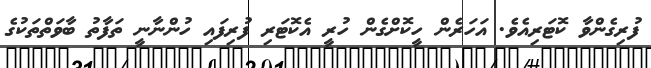
ފުރިގެންވާ ކޮޓަރިއެވެ. އަހަރެން ހީކޮށްގެން ހުރީ އެކޮޓަރި ފުރިފައި ހުންނާނީ ތަފާތު ބާވަތްތަކުގެ